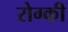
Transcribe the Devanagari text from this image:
रोग्की